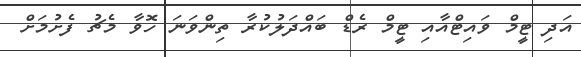
އަދި ޓީމް ވައިޓްއާއި ޓީމް ރެޑް ބައްދަލުކުރާ ތިންވަނަ ހޮޮވާ މެޗު ފެށުމަށް